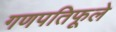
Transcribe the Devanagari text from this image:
गणपतिफूले